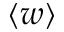
\langle w \rangle